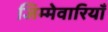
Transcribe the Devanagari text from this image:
जिम्मेवारियाँ